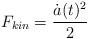
LaTeX: \begin{align*}F_{kin}=\frac{\dot{a}(t)^{2}}{2}\end{align*}